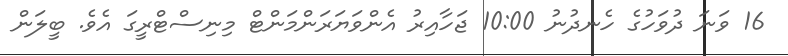
16 ވަނަ ދުވަހުގެ ހެނދުނު 10:00 ޖަހާއިރު އެންވަޔަރަންމަންޓް މިނިސްޓްރީގަ އެވެ. ބީލަން